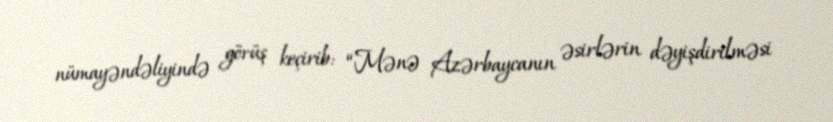
nümayəndəliyində görüş keçirib: “Mənə Azərbaycanın əsirlərin dəyişdirilməsi